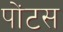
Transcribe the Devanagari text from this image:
पोंटस